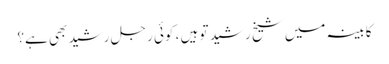
کابینہ میں شیخ رشید تو ہیں ، کوئی رجلِ رشید بھی ہے؟